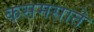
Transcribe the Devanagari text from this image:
कसमसाते